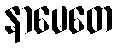
နာမေတေ